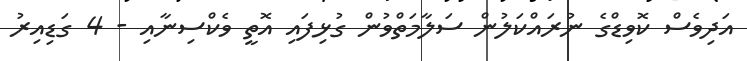
އަދިވެސް ކޮވިޑްގެ ނުރައްކަލުން ސަލާމަތްވުން ގުޅިފައި އޮތީ ވެކްސިނާއި - 4 ގަޑިއިރު